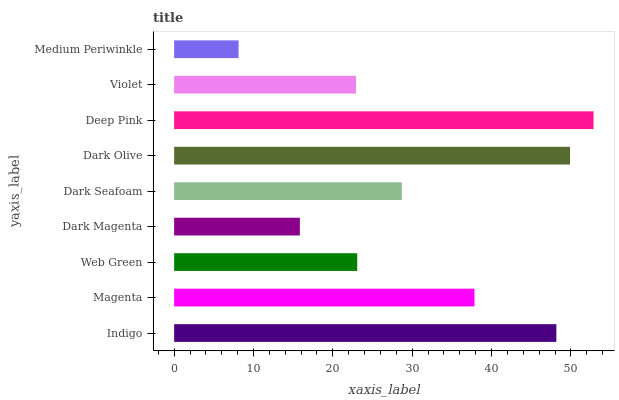
| yaxis_label | bars |
 | --- | --- |
 | Indigo | 48.2 |
 | Magenta | 37.9 |
 | Web Green | 23.1 |
 | Dark Magenta | 15.8 |
 | Dark Seafoam | 28.7 |
 | Dark Olive | 49.9 |
 | Deep Pink | 52.9 |
 | Violet | 22.9 |
 | Medium Periwinkle | 8.12 |